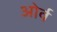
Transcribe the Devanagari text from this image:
ओर्व